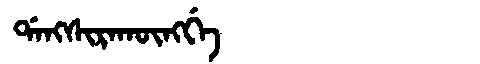
Manchu: ᡩᠠᠩᠰᡳᡵᠠᡴᡡᠩᡤᡝ
Romanization: DANGSIRAKŪNGGE